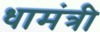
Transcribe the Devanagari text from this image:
धामंत्री